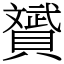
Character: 贇